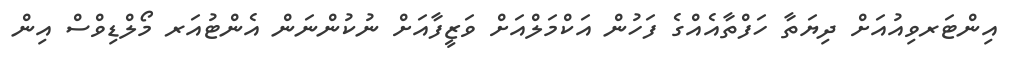
އިންޓަރވިއުއަށް ދިޔަތާ ހަފްތާއެއްގެ ފަހުން އަކްމަލްއަށް ވަޒީފާއަށް ނުކުންނަން އެންޓުއަރ މޯލްޑިވްސް އިން